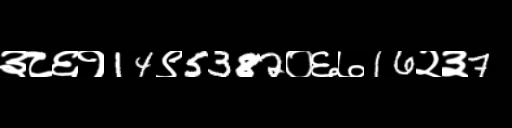
Text: ३८६१14९5382०६७16२३7